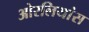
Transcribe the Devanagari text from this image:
ओरलियांस